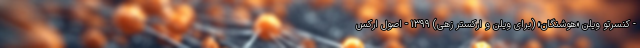
- کنسرتو ویلن «هوشنگان» (برای ویلن و ارکستر زهی) ۱۳۹۹ - اصول ارکس